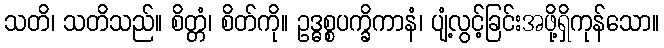
သတိ၊ သတိသည်။ စိတ္တံ၊ စိတ်ကို။ ဥဒ္ဓစ္စပက္ခိကာနံ၊ ပျံ့လွင့်ခြင်းအဖို့ရှိကုန်သော။